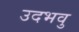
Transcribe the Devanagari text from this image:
उदभवु